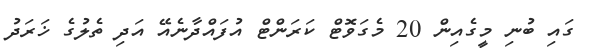
ގައި ބުނި މީގެއިން 20 މެގަވޮޓް ކަރަންޓް އުފައްދާނެއޭ އަދި ތެލުގެ ޚަރަދު